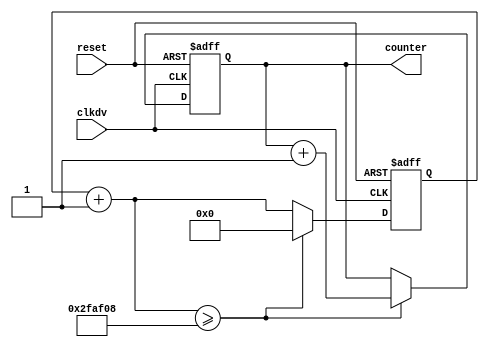
`timescale 1ns / 1ps
//////////////////////////////////////////////////////////////////////////////////
// Company: 
// 
// Design Name: 
// Module Name:    TIME_COUNTER 
// Project Name: 
// Target Devices: 
// Tool versions: 
// Description: 
//
// Dependencies: 
//
// Revision: 
// Revision 0.01 - File Created
// Additional Comments: 
//
//////////////////////////////////////////////////////////////////////////////////
module TIME_COUNTER(clkdv, reset, counter);
input clkdv, reset;
output reg [3:0] counter;

//reg [3:0] up_counter;
//wire [3:0] up_counter_max;

//assign up_counter_max = 4'b1111;

reg [21:0] up_counter;
wire [21:0] up_counter_max;

assign up_counter_max = 22'b1011111010111100001000;

always @(posedge clkdv or posedge reset)
begin
	if (reset)
	begin
		up_counter = 0;//number of clock cycle
		counter = 0;//position for message 
	end
	else
	begin
		up_counter = up_counter + 1;//measure clock cycle
		if( up_counter >= up_counter_max)//if number of clock cycle is greater than max, shift one char and eliminate counter
		begin
			counter = counter + 1;
			up_counter = 0;
		end
	end
end

endmodule